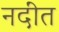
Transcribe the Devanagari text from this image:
नदींत